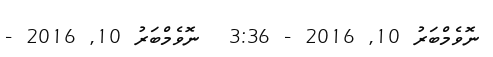
ނޮވެމްބަރު 10